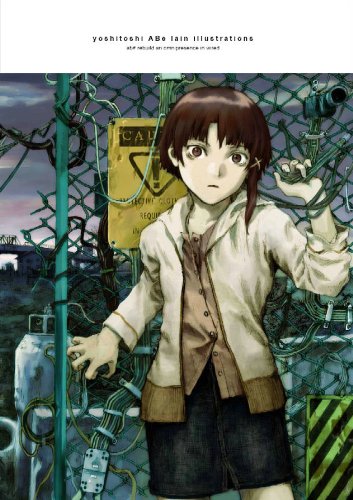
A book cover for Yoshitoshi Abe Lain Illustrations; Yoshitoshi Abe; Comics & Graphic Novels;